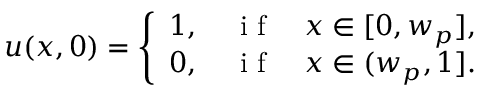
u ( x , 0 ) = \left\{ \begin{array} { l l } { 1 , \quad \mathrm { ~ i ~ f ~ } \quad x \in [ 0 , w _ { p } ] , } \\ { 0 , \quad \mathrm { ~ i ~ f ~ } \quad x \in ( w _ { p } , 1 ] . } \end{array} \right.